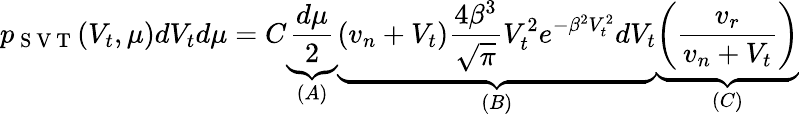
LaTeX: p_{\mathrm{~S~V~T~}}(V_{t},\mu)dV_{t}d\mu=C\underbrace{\frac{d\mu}{2}}_{(A)}\underbrace{(v_{n}+V_{t})\frac{4\beta^{3}}{\sqrt{\pi}}V_{t}^{2}e^{-\beta^{2}V_{t}^{2}}dV_{t}}_{(B)}\underbrace{\left(\frac{v_{r}}{v_{n}+V_{t}}\right)}_{(C)}